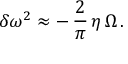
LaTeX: \delta \omega ^ { 2 } \approx - \, \frac { 2 } { \pi } \, \eta \, \Omega \, .